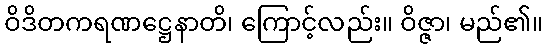
ဝိဒိတကရဏဋ္ဌေနာတိ၊ ကြောင့်လည်း။ ဝိဇ္ဇာ၊ မည်၏။